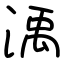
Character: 渪